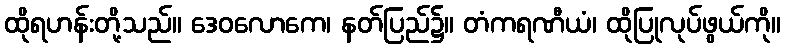
ထိုရဟန်းတို့သည်။ ဒေဝလောကေ၊ နတ်ပြည်၌။ တံကရဏီယံ၊ ထိုပြုလုပ်ဖွယ်ကို။